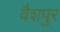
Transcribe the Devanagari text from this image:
वैशपुर